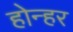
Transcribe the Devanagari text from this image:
होन्हर